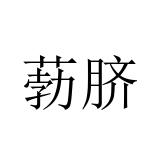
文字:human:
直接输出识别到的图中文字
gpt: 葧脐